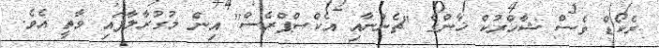
ރެކޯޑް ވެސް ޝާހްރުކް ޚާންގެ "ޗެންނާއި އެކްސްޕްރެސް" އިން މުގުރާލާފައި ވާތީ އެވެ.